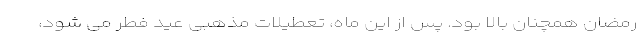
رمضان همچنان بالا بود. پس از این ماه، تعطیلات مذهبی عید فطر می شود،